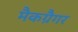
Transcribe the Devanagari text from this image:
मैकग्रैगर